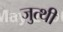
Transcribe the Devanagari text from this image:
जुत्थी